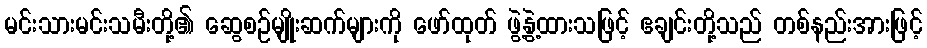
မင်းသားမင်းသမီးတို့၏ ဆွေစဉ်မျိုးဆက်များကို ဖော်ထုတ် ဖွဲ့နွဲ့ထားသဖြင့် ဧချင်းတို့သည် တစ်နည်းအားဖြင့်